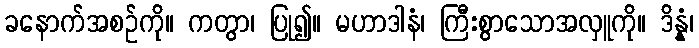
ခနောက်အစဉ်ကို။ ကတွာ၊ ပြု၍။ မဟာဒါနံ၊ ကြီးစွာသောအလှူကို။ ဒိန္နံ၊